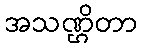
အသဏ္ဌိတာ